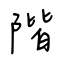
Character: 階